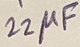
Text: 22µF